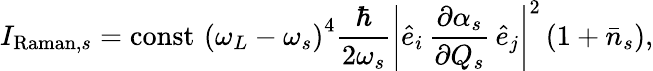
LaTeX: I_{\mathrm{Raman},s}=\operatorname{const}\, \left(\omega_{L}-\omega_{s}\right)^{4}\frac{\hbar}{2\omega_{s}}\left|\hat{e}_{i}\, \frac{\partial\alpha_{s}}{\partial Q_{s}}\, \hat{e}_{j}\right|^{2}\left(1+\bar{n}_{s}\right),